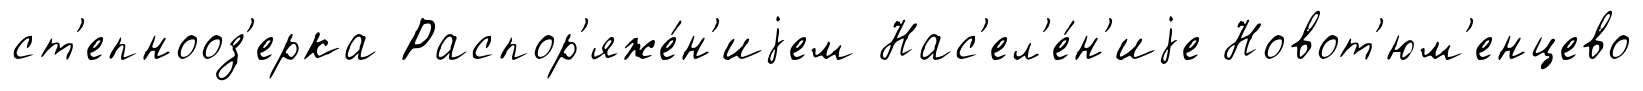
ст'епнооз'ерка Распор'яже́н'иjем Нас'ел'е́н'иjе Новот'юм'енцево